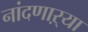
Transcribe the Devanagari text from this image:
नांदणाऱ्या